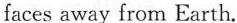
The Tianwen series will follow the Shenzhou and Chang'e series and move further into space. China's